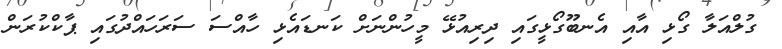
ގުލްއަލާ ގޯޅި އާއި އެނބޫގޯޅީގައި ދިރިއުޅޭ މީހުންނަށް ކަނޑައެޅި ހާއްސަ ސަރަަހައްދުގައި ޕާކްކުރަން